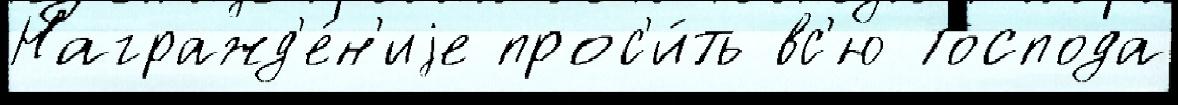
Награжд'е́н'иjе прос'и́ть вс'ю Господа